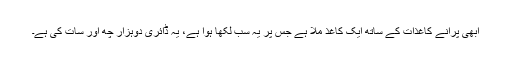
ابھی پرانے کاغذات کے ساتھ ایک کاغذ ملا ہے جس پر یہ سب لکھا ہوا ہے، یہ ڈائری دوہزار چھ اور سات کی ہے۔